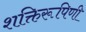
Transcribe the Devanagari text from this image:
शक्तिरूपिणी